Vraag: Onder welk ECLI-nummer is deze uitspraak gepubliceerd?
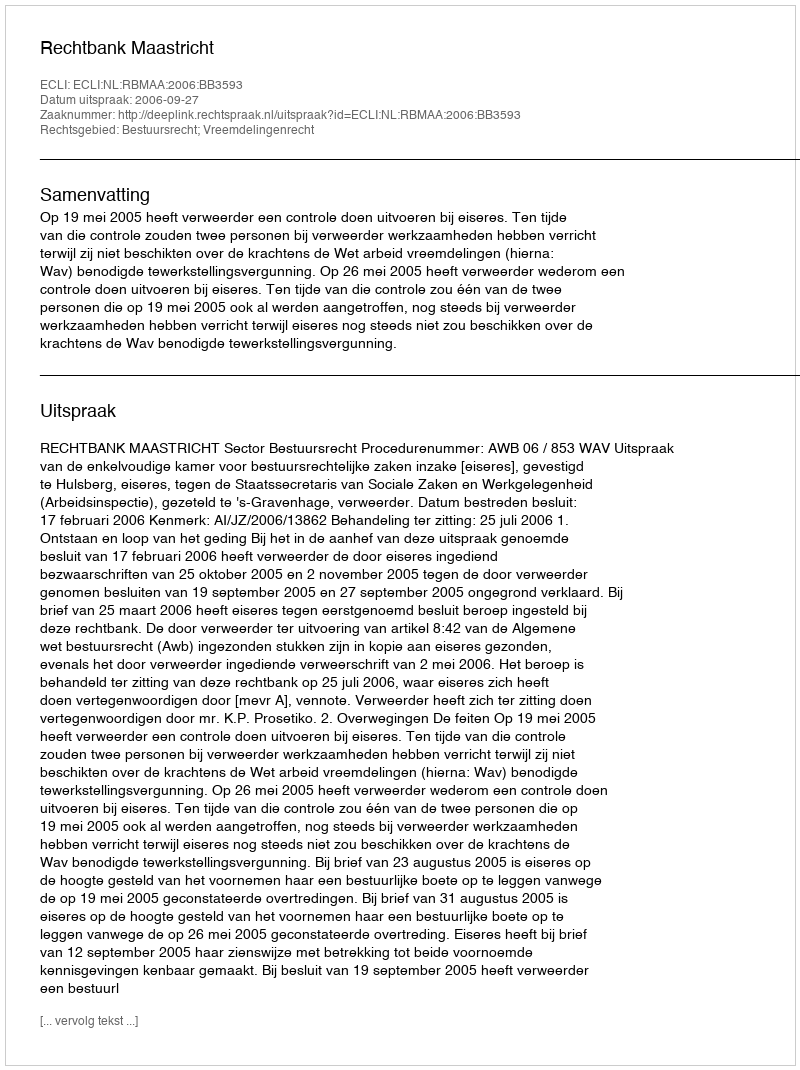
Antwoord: ECLI:NL:RBMAA:2006:BB3593